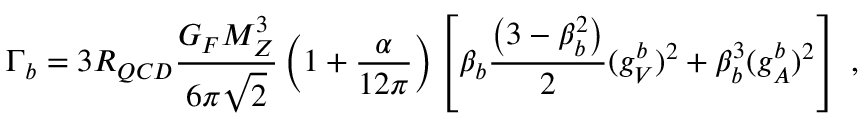
\Gamma _ { b } = 3 R _ { Q C D } { \frac { G _ { F } M _ { Z } ^ { 3 } } { 6 \pi \sqrt 2 } } \left( 1 + { \frac { \alpha } { 1 2 \pi } } \right) \left[ \beta _ { b } { \frac { \left( 3 - \beta _ { b } ^ { 2 } \right) } { 2 } } ( g _ { V } ^ { b } ) ^ { 2 } + \beta _ { b } ^ { 3 } ( g _ { A } ^ { b } ) ^ { 2 } \right] \; ,